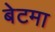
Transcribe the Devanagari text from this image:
बेटमा